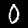
Label: 0